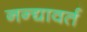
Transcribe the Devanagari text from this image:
नन्द्यावर्त